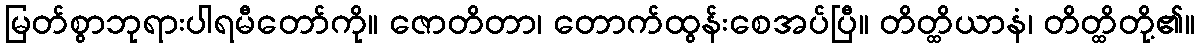
မြတ်စွာဘုရားပါရမီတော်ကို။ ဇောတိတာ၊ တောက်ထွန်းစေအပ်ပြီ။ တိတ္ထိယာနံ၊ တိတ္ထိတို့၏။